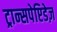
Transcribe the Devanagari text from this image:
ट्रान्सपेप्टिडेज़